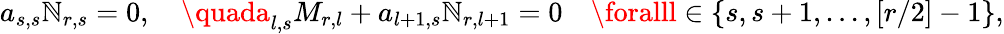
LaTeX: a_{s,s}\mathbb{N}_{r,s}=0,\quad\quada_{l,s}M_{r,l}+a_{l+1,s}\mathbb{N}_{r,l+1}=0\quad\foralll\in\{ s,s+1,...,[r/2]-1\} ,